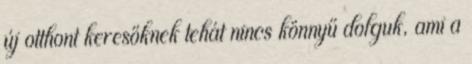
új otthont keresőknek tehát nincs könnyű dolguk, ami a